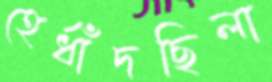
হের্ধাঁদছিলা